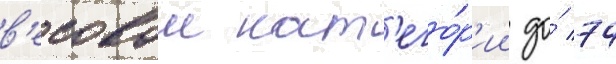
в'есовои кат'его́р'ии до́ 74